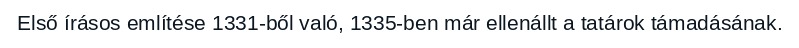
Első írásos említése 1331-ből való, 1335-ben már ellenállt a tatárok támadásának.